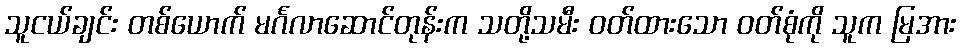
သူငယ်ချင်း တစ်ယောက် မင်္ဂလာဆောင်တုန်းက သတို့သမီး ဝတ်ထားသော ဝတ်စုံကို သူက မြအား